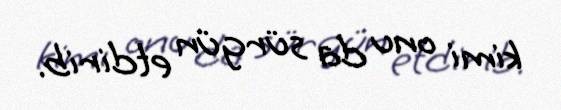
kimi onu da sürgün etdirib.